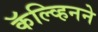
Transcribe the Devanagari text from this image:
कॅल्व्हिनने